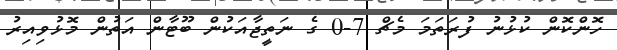
ހޮންކޮން ކުޅުނު ފުރަތަމަ މެޗް 7-0 ގެ ނަތީޖާއަކުން ބޫޓާން އަތުން މޮޅުވިއިރު